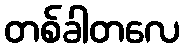
တစ်ခါတလေ